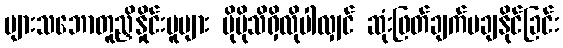
များသဘောတူညှိနှိုင်းမူများ ပိုမိုသိရှိလိုပါလျှင် ဆုံးဖြတ်ချက်မချနိုင်ခြင်း